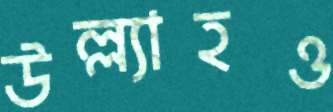
উল্ল্যাহও